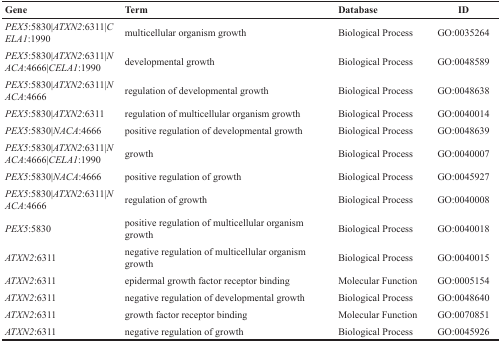
<table><thead><tr><td><b>Gene</b></td><td><b>Term</b></td><td><b>Database</b></td><td><b>ID</b></td></tr></thead><tbody><tr><td><i>PEX5</i>:5830|<i>ATXN2</i>:6311|<i>CELA1</i>:1990</td><td>multicellular organism growth</td><td>Biological Process</td><td>GO:0035264</td></tr><tr><td><i>PEX5</i>:5830|<i>ATXN2</i>:6311|<i>NACA</i>:4666|<i>CELA1</i>:1990</td><td>developmental growth</td><td>Biological Process</td><td>GO:0048589</td></tr><tr><td><i>PEX5</i>:5830|<i>ATXN2</i>:6311|<i>NACA</i>:4666</td><td>regulation of developmental growth</td><td>Biological Process</td><td>GO:0048638</td></tr><tr><td><i>PEX5</i>:5830|<i>ATXN2</i>:6311</td><td>regulation of multicellular organism growth</td><td>Biological Process</td><td>GO:0040014</td></tr><tr><td><i>PEX5</i>:5830|<i>NACA</i>:4666</td><td>positive regulation of developmental growth</td><td>Biological Process</td><td>GO:0048639</td></tr><tr><td><i>PEX5</i>:5830|<i>ATXN2</i>:6311|<i>NACA</i>:4666|<i>CELA1</i>:1990</td><td>growth</td><td>Biological Process</td><td>GO:0040007</td></tr><tr><td><i>PEX5</i>:5830|<i>NACA</i>:4666</td><td>positive regulation of growth</td><td>Biological Process</td><td>GO:0045927</td></tr><tr><td><i>PEX5</i>:5830|<i>ATXN2</i>:6311|<i>NACA</i>:4666</td><td>regulation of growth</td><td>Biological Process</td><td>GO:0040008</td></tr><tr><td><i>PEX5</i>:5830</td><td>positive regulation of multicellular organism growth</td><td>Biological Process</td><td>GO:0040018</td></tr><tr><td><i>ATXN2</i>:6311</td><td>negative regulation of multicellular organism growth</td><td>Biological Process</td><td>GO:0040015</td></tr><tr><td><i>ATXN2</i>:6311</td><td>epidermal growth factor receptor binding</td><td>Molecular Function</td><td>GO:0005154</td></tr><tr><td><i>ATXN2</i>:6311</td><td>negative regulation of developmental growth</td><td>Biological Process</td><td>GO:0048640</td></tr><tr><td><i>ATXN2</i>:6311</td><td>growth factor receptor binding</td><td>Molecular Function</td><td>GO:0070851</td></tr><tr><td><i>ATXN2</i>:6311</td><td>negative regulation of growth</td><td>Biological Process</td><td>GO:0045926</td></tr></tbody></table>